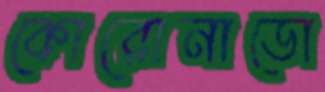
কোরোনাডো